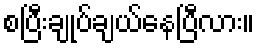
စပြီးချုပ်ချယ်နေပြီလား။